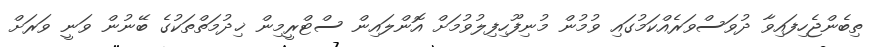
ތިބެންޖެހިފައިވާ ދުވަސްވަރެއްކަމުގައި ވުމުން މުނިފޫހިފިލުވުމަށް އޮންލައިން ސްޓްރީމިން ޚިދުމަތްތަކުގެ ބޭނުން ވަނީ ވަރަށް